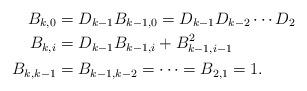
LaTeX: \begin{align*}B_{k,0} & = D_{k-1}B_{k-1,0}=D_{k-1}D_{k-2} \cdots D_2\\B_{k,i} &= D_{k-1}B_{k-1,i}+B^2_{k-1,i-1}\\B_{k,k-1} & = B_{k-1,k-2}=\cdots=B_{2,1}=1.\end{align*}